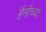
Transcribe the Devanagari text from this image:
हैनॉच्या